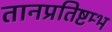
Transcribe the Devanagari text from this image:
तानप्रतिष्टम्भ